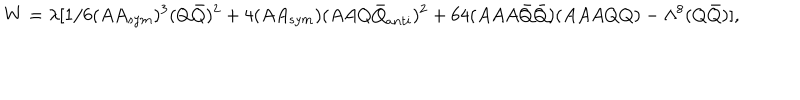
LaTeX: W = \lambda [ 1 / 6 ( A A _ { s y m } ) ^ { 3 } ( Q { \bar { Q } } ) ^ { 2 } + 4 ( A A _ { s y m } ) ( A A Q { \bar { Q } } _ { a n t i } ) ^ { 2 } + 6 4 ( A A A { \bar { Q } } { \bar { Q } } ) ( A A A Q Q ) - \Lambda ^ { 8 } ( Q { \bar { Q } } ) ] ,